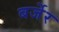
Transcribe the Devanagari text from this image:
बर्जेर